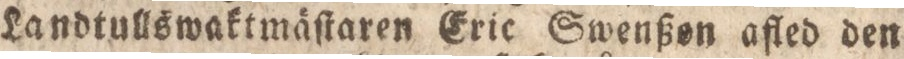
Landtullswaktmäſtaren Eric Swenßon afled den